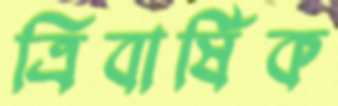
ত্রিবার্ষিক